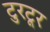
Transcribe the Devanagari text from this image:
टुरटूर